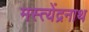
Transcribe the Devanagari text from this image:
मस्त्येंद्रनाथ